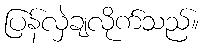
ပြန်လှဲချလိုက်သည်။